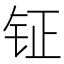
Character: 钲